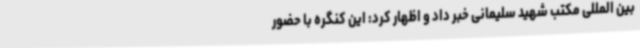
بین المللی مکتب شهید سلیمانی خبر داد و اظهار کرد: این کنگره با حضور